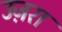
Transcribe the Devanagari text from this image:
उज़रा